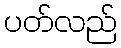
ပတ်လည်